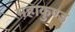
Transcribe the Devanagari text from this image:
महाकुण्ड